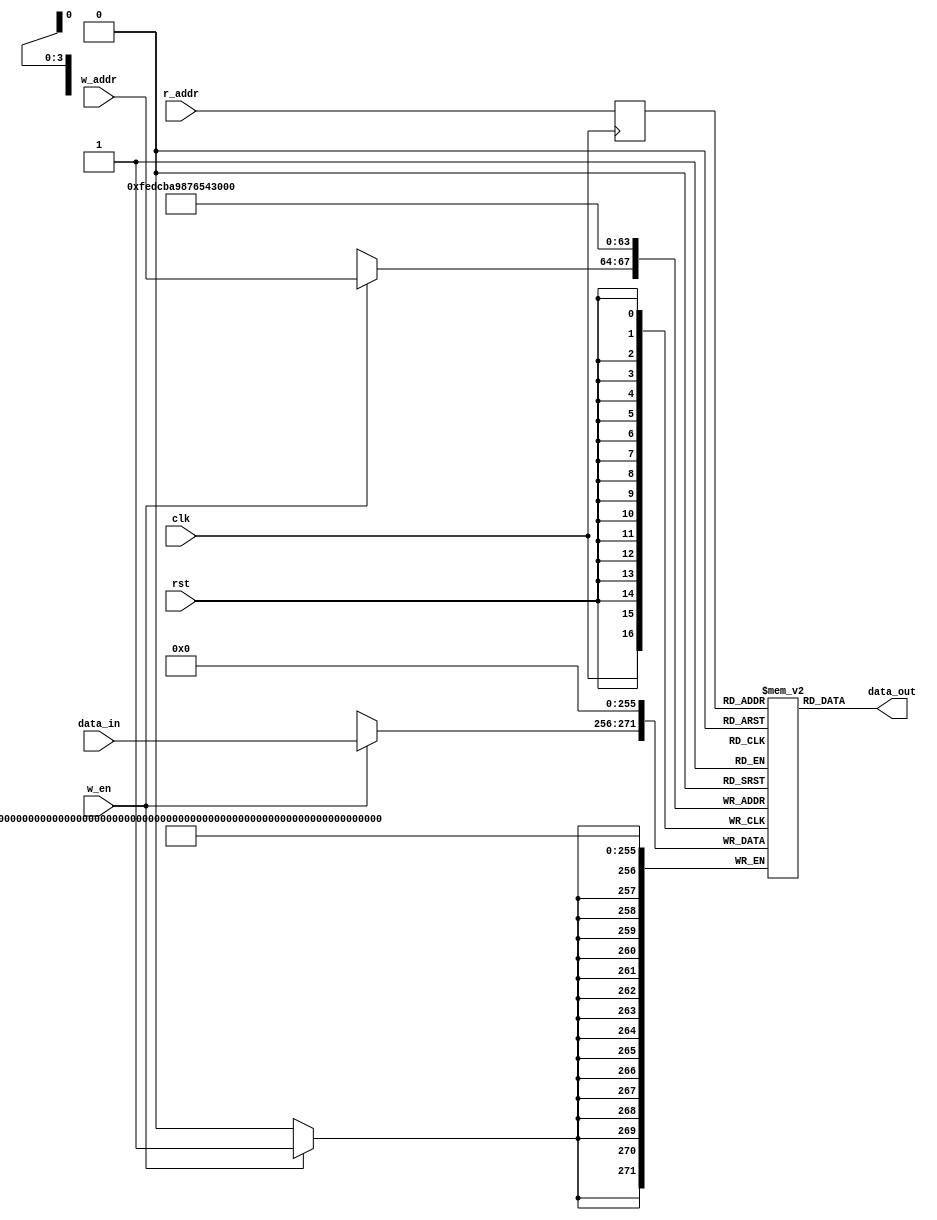
module ram(clk,rst,w_en,data_in,data_out,w_addr,r_addr);
  parameter D_WIDTH = 16;
  parameter A_WIDTH = 4;
  input clk;
  input w_en;
  input rst;
  input[D_WIDTH-1:0] data_in;
  
  input[A_WIDTH-1:0] w_addr;
  input[A_WIDTH-1:0] r_addr;
  output[D_WIDTH-1:0] data_out;
  
  reg[D_WIDTH-1:0] RAM [2**A_WIDTH-1:0];
  reg[A_WIDTH-1:0] r_addr_reg;
  
  always @(posedge clk)
  begin
    if (w_en)
      begin
        RAM[w_addr] <= data_in;
      end
  end
  
  always @(posedge clk)
  begin
    r_addr_reg <= r_addr;
  end
  
  integer i;
  always @(negedge rst)
  begin
    for (i = 0; i <2**A_WIDTH;i=i+1)
    begin
      RAM[i] <= 0;
    end
  end
  
  assign data_out = RAM[r_addr_reg];
  
endmodule